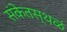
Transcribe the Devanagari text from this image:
संकेतस्थळं